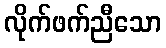
လိုက်ဖက်ညီသော